Annual returns of the Patna Lunatic Asylum at Bankipore in Bihar and Orissa - 1912-1924
Year: 1912
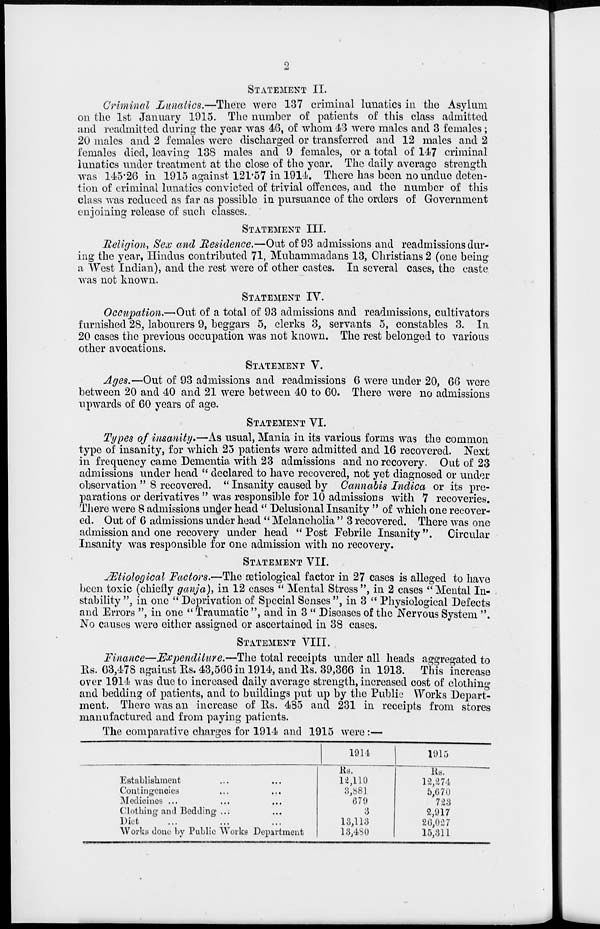
2
STATEMENT II.
Criminal Lunatics.—There were 137 criminal lunatics in the Asylum
on the 1st January 1915. The number of patients of this class admitted
and readmitted during the year was 46, of whom 43 were males and 3 females;
20 males and 2 females were discharged or transferred and 12 males and 2
females died, leaving 138 males and 9 females, or a total of 147 criminal
lunatics under treatment at the close of the year. The daily average strength
was 145.26 in 1915 against 121.57 in 1914. There has been no undue deten-
tion of criminal lunatics convicted of trivial offences, and the number of this
class was reduced as far as possible in pursuance of the orders of Government
enjoining release of such classes.
STATEMENT III.
Religion, Sex and Residence.—Out of 93 admissions and readmissions dur-
ing the year, Hindus contributed 71, Muhammadans 13, Christians 2 (one being
a West Indian), and the rest were of other castes. In several cases, the caste
was not known.
STATEMENT IV.
Occupation.—Out of a total of 93 admissions and readmissions, cultivators
furnished 28, labourers 9, beggars 5, clerks 3, servants 5, constables 3. In
20 cases the previous occupation was not known. The rest belonged to various
other avocations.
STATEMENT V.
Ages.—Out of 93 admissions and readmissions 6 were under 20, 66 were
between 20 and 40 and 21 were between 40 to 60. There were no admissions
upwards of 60 years of age.
STATEMENT VI.
Types of insanity.—As usual, Mania in its various forms was the common
type of insanity, for which 25 patients were admitted and 16 recovered. Next
in frequency came Dementia with 23 admissions and no recovery. Out of 23
admissions under head " declared to have recovered, not yet diagnosed or under
observation " 8 recovered. ''Insanity caused by Cannabis Indica or its pre-
parations or derivatives " was responsible for 10 admissions with 7 recoveries.
There were 8 admissions under head " Delusional Insanity " of which one recover-
ed. Out of 6 admissions under head " Melancholia " 3 recovered. There was one
admission and one recovery under head " Post Febrile Insanity". Circular
Insanity was responsible for one admission with no recovery.
STATEMENT VII.
Ætiological Factors.—The æstiological factor in 27 cases is alleged to have
been toxic (chiefly ganja), in 12 cases " Mental Stress ", in 2 cases " Mental In-
stability ", in one " Deprivation of Special Senses ", in 3 " Physiological Defects
and Errors ", in one " Traumatic ", and in 3 " Diseases of the Nervous System ".
No causes were either assigned or ascertained in 38 cases.
STATEMENT VIII.
Finance—Expenditure.—The total receipts under all heads aggregated to
Rs. 63,478 against Rs. 43,566 in 1914, and Rs. 39,366 in 1913. This increase
over 1914 was due to increased daily average strength, increased cost of clothing
and bedding of patients, and to buildings put up by the Public Works Depart-
ment. There was an increase of Rs. 435 and 231 in receipts from stores
manufactured and from paying patients.
The comparative charges for 1914 and 1915 were :—
Establishment ... ...
Contingencies ... ...
Medicines ... ... ...
Clothing and Bedding ... ...
Diet ... ... ...
Works done by Public Works Department
1914
Rs.
12,110
3,881
679
3
13,113
13,480
1915
Rs.
12,274
5,670
723
2,917
26,027
15,311